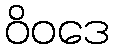
ဝိဝဒေ